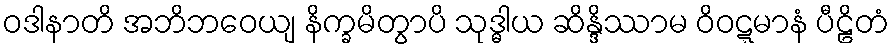
ဝဒါနာတိ အဘိဘဝေယျ နိက္ခမိတွာပိ သုဒ္ဓါယ ဆိန္ဒိဿာမ ဝိဝဋ္ဋမာနံ ပီဠိတံ